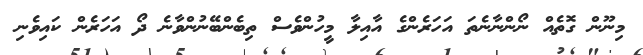
މިނޫން ގޮތެއް ނޯންނާނެތަ އަހަރެންގެ އާއިލާ މީހުންވެސް ތިބެންބޭނުންވާނެ ދޯ އަހަރެން ކައިވެނި